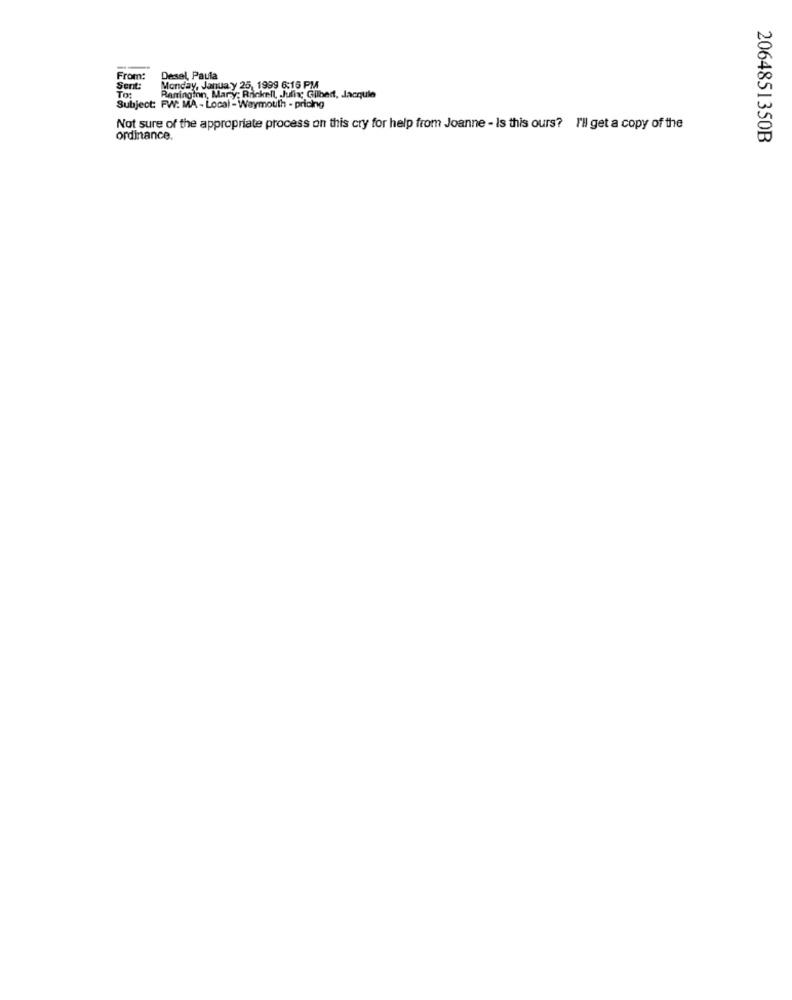
From:
Desel, Paula
Sent:
Monday, January 25, 1999 6:16 PM
Ranrington, Mary; Rniekell, Julix; Gilbert, Jacquie
Subject: FW: MA - Local - Weymouth - pricing
Not sure of the appropriate process on this cry for help from Joanne - Is this ours? I'll get a copy of the
ordinance.
2064851350B